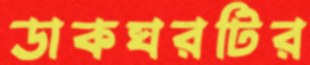
ডাকঘরটির